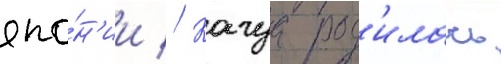
япо́н'ии // Кагуа род'илась